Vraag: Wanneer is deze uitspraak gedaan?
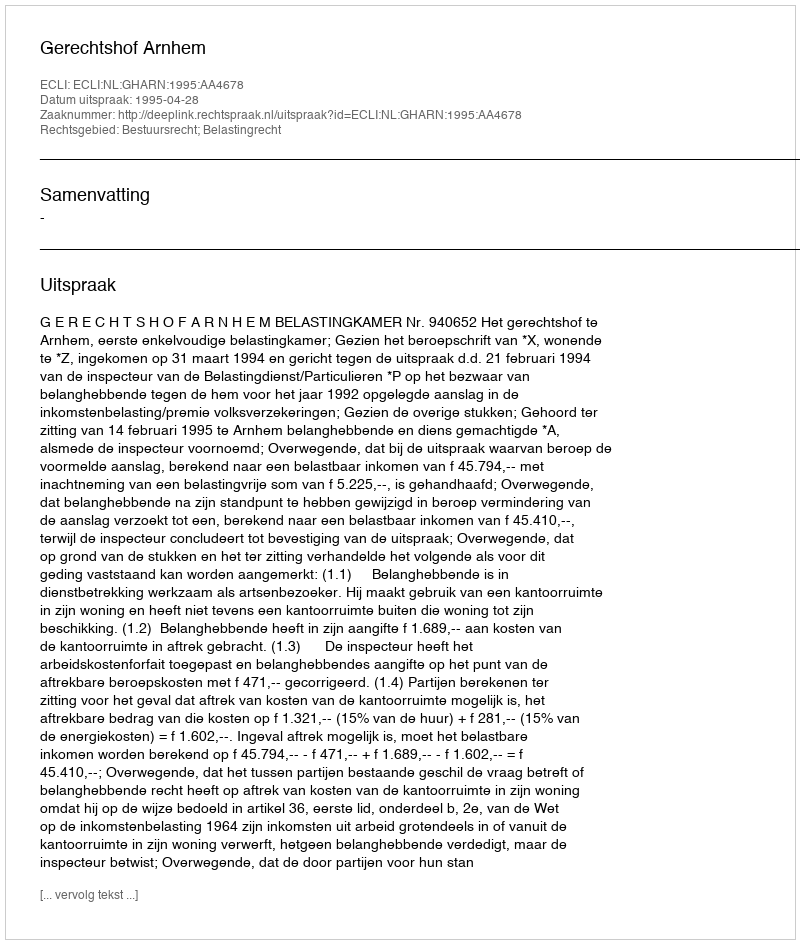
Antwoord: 1995-04-28